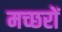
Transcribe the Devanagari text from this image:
मच्‍छरों